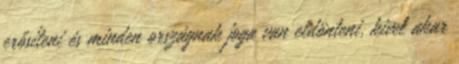
erősíteni és minden országnak joga van eldönteni, kivel akar